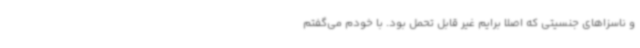
و ناسزاهای جنسیتی که اصلاً برایم غیر قابل تحمل بود. با خودم می‌گفتم